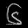
Digit: ၆